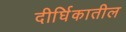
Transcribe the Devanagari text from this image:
दीर्घिकातील